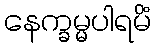
နေက္ခမ္မပါရမိံ